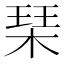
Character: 琹